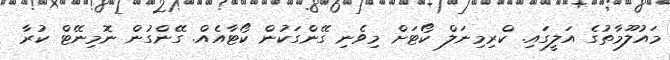
މައުލޫމާތުގެ އަލީގައި. ކްރިމިނަލް ކޯޓަށް މިވެނި ގޭންގަކުން ކޯޓާއެއް. ގޭންގުން ނޮމިނޭޓް ކުރާ